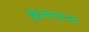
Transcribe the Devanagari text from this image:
क्रमचन्द